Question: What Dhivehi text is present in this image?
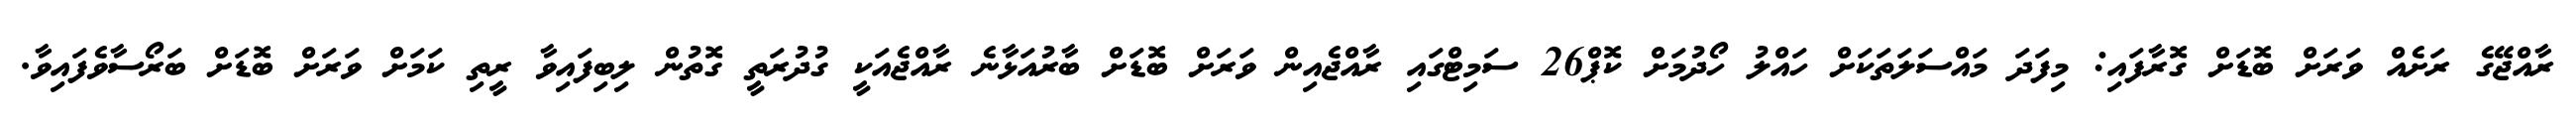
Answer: ރާއްޖޭގެ ރަށެއް ވަރަށް ބޮޑަށް ގޮރާފައި: މިފަދަ މައްސަލަތަކަށް ހައްލު ހޯދުމަށް ކޮޕް26 ސަމިޓްގައި ރާއްޖެއިން ވަރަށް ބޮޑަށް ބާރުއަޅާނެ ރާއްޖެއަކީ ގުދުރަތީ ގޮތުން ލިބިފައިވާ ރީތި ކަމަށް ވަރަށް ބޮޑަށް ބަރޯސާވެފައިވާ.